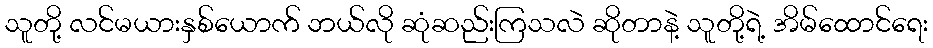
သူတို့ လင်မယားနှစ်ယောက် ဘယ်လို ဆုံဆည်းကြသလဲ ဆိုတာနဲ့ သူတို့ရဲ့ အိမ်ထောင်ရေး